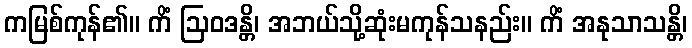
ကမြစ်ကုန်၏။ ကိံ ဩဝဒန္တိ၊ အဘယ်သို့ဆုံးမကုန်သနည်း။ ကိံ အနုသာသန္တိ၊